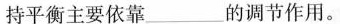
持平衡主要依靠___的调节作用。